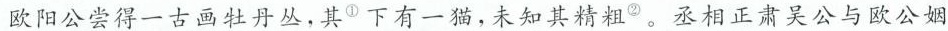
欧阳公尝得一古画牡丹丛，其^{①} 下有一猫，未知其精粗^{②} 。丞相正肃吴公与欧公姻